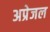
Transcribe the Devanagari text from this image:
अप्रेजल